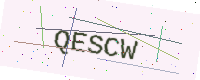
Text: QESCW